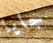
جايا